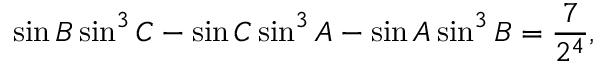
\sin B \sin ^ { 3 } C - \sin C \sin ^ { 3 } A - \sin A \sin ^ { 3 } B = { \frac { 7 } { 2 ^ { 4 } } } ,